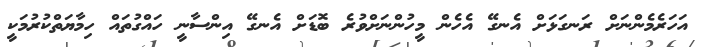
އަހަރެމެންނަށް ރަނގަޅަށް އެނގޭ އެހެން މީހުންނަށްވުރެ ބޮޑަށް އެނގޭ އިންސާނީ ހައްގުތައް ހިމާޔަތްކުރުމަކީ